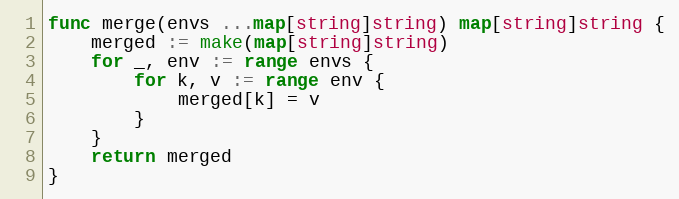
Language: Go
func merge(envs ...map[string]string) map[string]string {
	merged := make(map[string]string)
	for _, env := range envs {
		for k, v := range env {
			merged[k] = v
		}
	}
	return merged
}